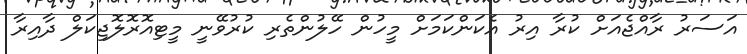
އަސަރު ރާއްޖެއަށް ކުރާ އިރު އެކަންކަމަށް މީހުން ހޭލުންތެރި ކުރުވޭނީ މީޓިއޮރޮލޮޖިކަލް ދާއިރާ